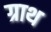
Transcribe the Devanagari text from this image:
ग्राथ